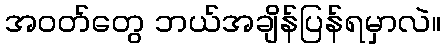
အဝတ်တွေ ဘယ်အချိန်ပြန်ရမှာလဲ။